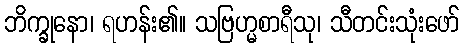
ဘိက္ခုနော၊ ရဟန်း၏။ သဗြဟ္မစာရီသု၊ သီတင်းသုံးဖော်